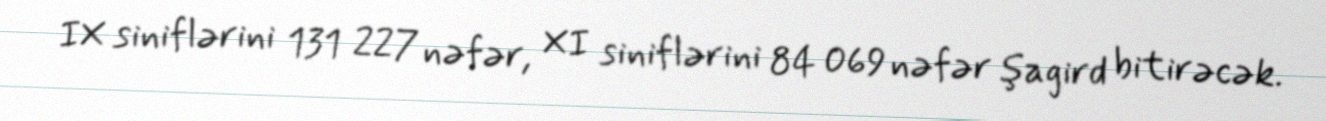
IX siniflərini 131 227 nəfər, XI siniflərini 84 069 nəfər şagird bitirəcək.